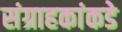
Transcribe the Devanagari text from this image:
संग्राहकांकडे